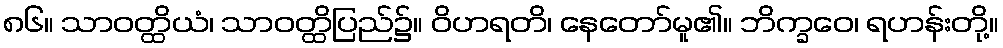
၈၆။ သာဝတ္ထိယံ၊ သာဝတ္ထိပြည်၌။ ဝိဟရတိ၊ နေတော်မူ၏။ ဘိက္ခဝေ၊ ရဟန်းတို့။